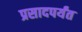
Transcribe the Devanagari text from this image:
प्रसादपर्यंत